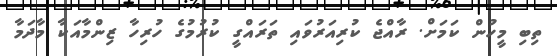
ތިބި މީހުން ކަމަށް. ރާއްޖެ ކުރިއަރުވައި ތަރައްގީ ކުރުމުގެ ހުރިހާ ޒިންމާއަކާ މާދަމާ